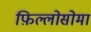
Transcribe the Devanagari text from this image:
फ़िल्लोसोमा